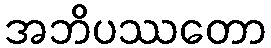
အဘိပဿတော